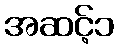
အဆင့်၁